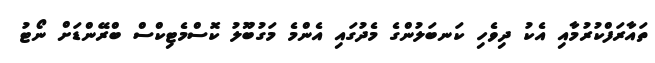
ތައާރަފްކުރުމާއި އެކު ދިވެހި ކަނބަލުންގެ މެދުގައި އެންމެ މަގުބޫލު ކޮސްމެޓިކްސް ބްރޭންޑަށް ނޯޓު